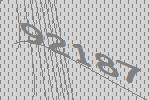
92187